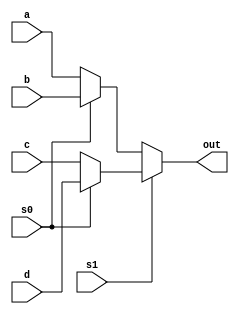
`timescale 1ns / 1ps
//////////////////////////////////////////////////////////////////////////////////
// Company: 
// Engineer: 
// 
// Design Name: 
// Module Name: BarrelShifter
// Project Name: 
// Target Devices: 
// Tool Versions: 
// Description: 
// 
// Dependencies: 
// 
// Revision:
// Revision 0.01 - File Created
// Additional Comments:
// 
//////////////////////////////////////////////////////////////////////////////////

module Mux(
input a,b,c,d,
input s0, s1,
output out);
assign out = s1 ? (s0 ? d : c) : (s0 ? b : a); 
endmodule



module BarrelShifter(
input [3:0] w,

input s0,s1,
output [3:0] y
    );

Mux M1(w[3], w[0], w[1], w[2], s0, s1, y[3]);
Mux M2(w[2], w[3], w[0], w[1], s0, s1, y[2]);
Mux M3(w[1], w[2], w[3], w[0], s0, s1, y[1]);
Mux M4(w[0], w[1], w[2], w[3], s0,s1, y[0]);
endmodule